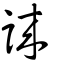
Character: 誺